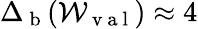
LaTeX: \Delta_{\mathrm{~b~}}(\mathcal{W}_{\mathrm{~v~a~l~}})\approx 4